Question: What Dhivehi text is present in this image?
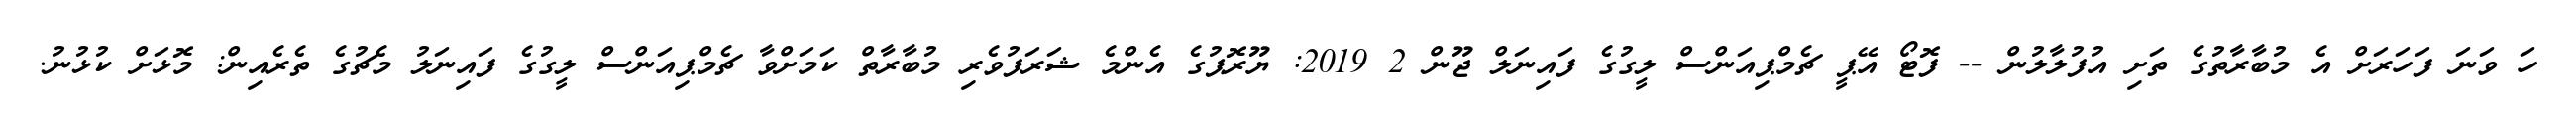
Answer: ހަ ވަނަ ފަހަރަށް އެ މުބާރާތުގެ ތަށި އުފުލާލުން -- ފޮޓޯ އޭޕީ ޗެމްޕިއަންސް ލީގުގެ ފައިނަލް ޖޫން 2 2019: ޔޫރޮޕުގެ އެންމެ ޝަރަފުވެރި މުބާރާތް ކަމަށްވާ ޗެމްޕިއަންސް ލީގުގެ ފައިނަލު މެޗުގެ ތެރެއިން: މޮޅަށް ކުޅުނު.